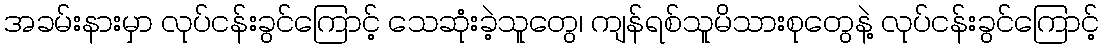
အခမ်းနားမှာ လုပ်ငန်းခွင်ကြောင့် သေဆုံးခဲ့သူတွေ၊ ကျန်ရစ်သူမိသားစုတွေနဲ့ လုပ်ငန်းခွင်ကြောင့်